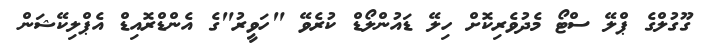
ގޫގުލްގެ ޕްލޭ ސްޓޯ މެދުވެރިކޮށް ހިލޭ ޑައުންލޯޑް ކުރެވޭ "ހަވީރު"ގެ އެންޑްރޮއިޑް އެޕްލިކޭޝަން